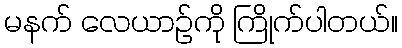
မနက် လေယာဉ်ကို ကြိုက်ပါတယ်။